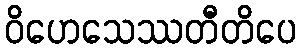
ဝိဟေသေဿတီတိပေ